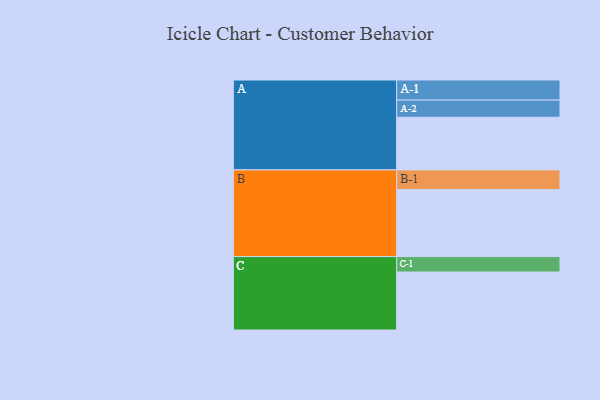
{"axis": {"x": "Segment", "y": "Value"}, "legend": ["", "A", "B", "C"], "data": [{"x": "A", "y": 463, "type": ""}, {"x": "B", "y": 590, "type": ""}, {"x": "C", "y": 510, "type": ""}, {"x": "A-1", "y": 177, "type": "A"}, {"x": "A-2", "y": 151, "type": "A"}, {"x": "B-1", "y": 173, "type": "B"}, {"x": "C-1", "y": 136, "type": "C"}]}